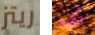
ريتز لصة